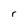
Character: r